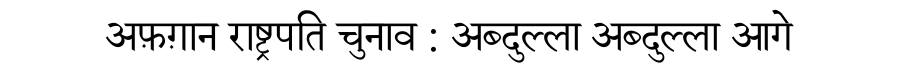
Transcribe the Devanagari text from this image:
अफ़ग़ान राष्ट्रपति चुनाव : अब्दुल्ला अब्दुल्ला आगे